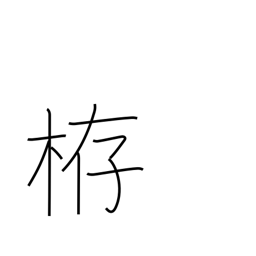
Meaning: weir